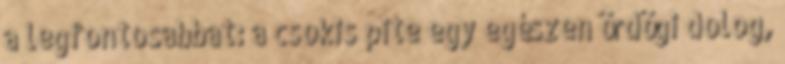
a legfontosabbat: a csokis pite egy egészen ördögi dolog,